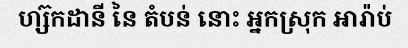
ហ្ស៊កដានី នៃ តំបន់ នោះ អ្នកស្រុក អារ៉ាប់